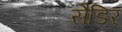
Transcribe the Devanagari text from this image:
सैडिर